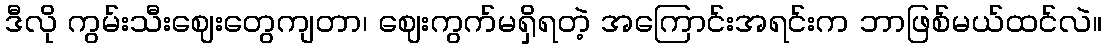
ဒီလို ကွမ်းသီးဈေးတွေကျတာ၊ ဈေးကွက်မရှိရတဲ့ အကြောင်းအရင်းက ဘာဖြစ်မယ်ထင်လဲ။